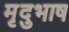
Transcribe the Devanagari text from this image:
मृदुभाष